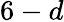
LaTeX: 6-d